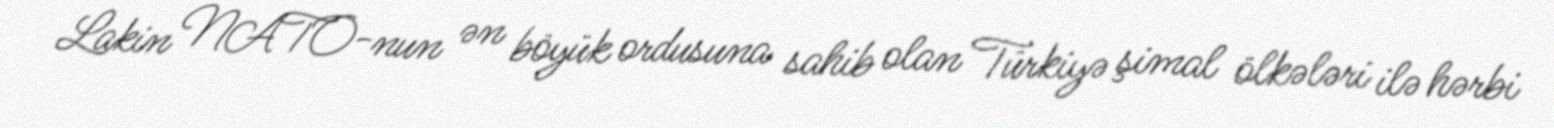
Lakin NATO-nun ən böyük ordusuna sahib olan Türkiyə şimal ölkələri ilə hərbi